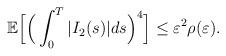
LaTeX: \begin{align*}\begin{aligned}&\mathbb{E}\Big[ \Big(\int_0^T|I_2(s)|ds\Big)^4\Big]\leq \varepsilon^{2}\rho(\varepsilon).\end{aligned}\end{align*}